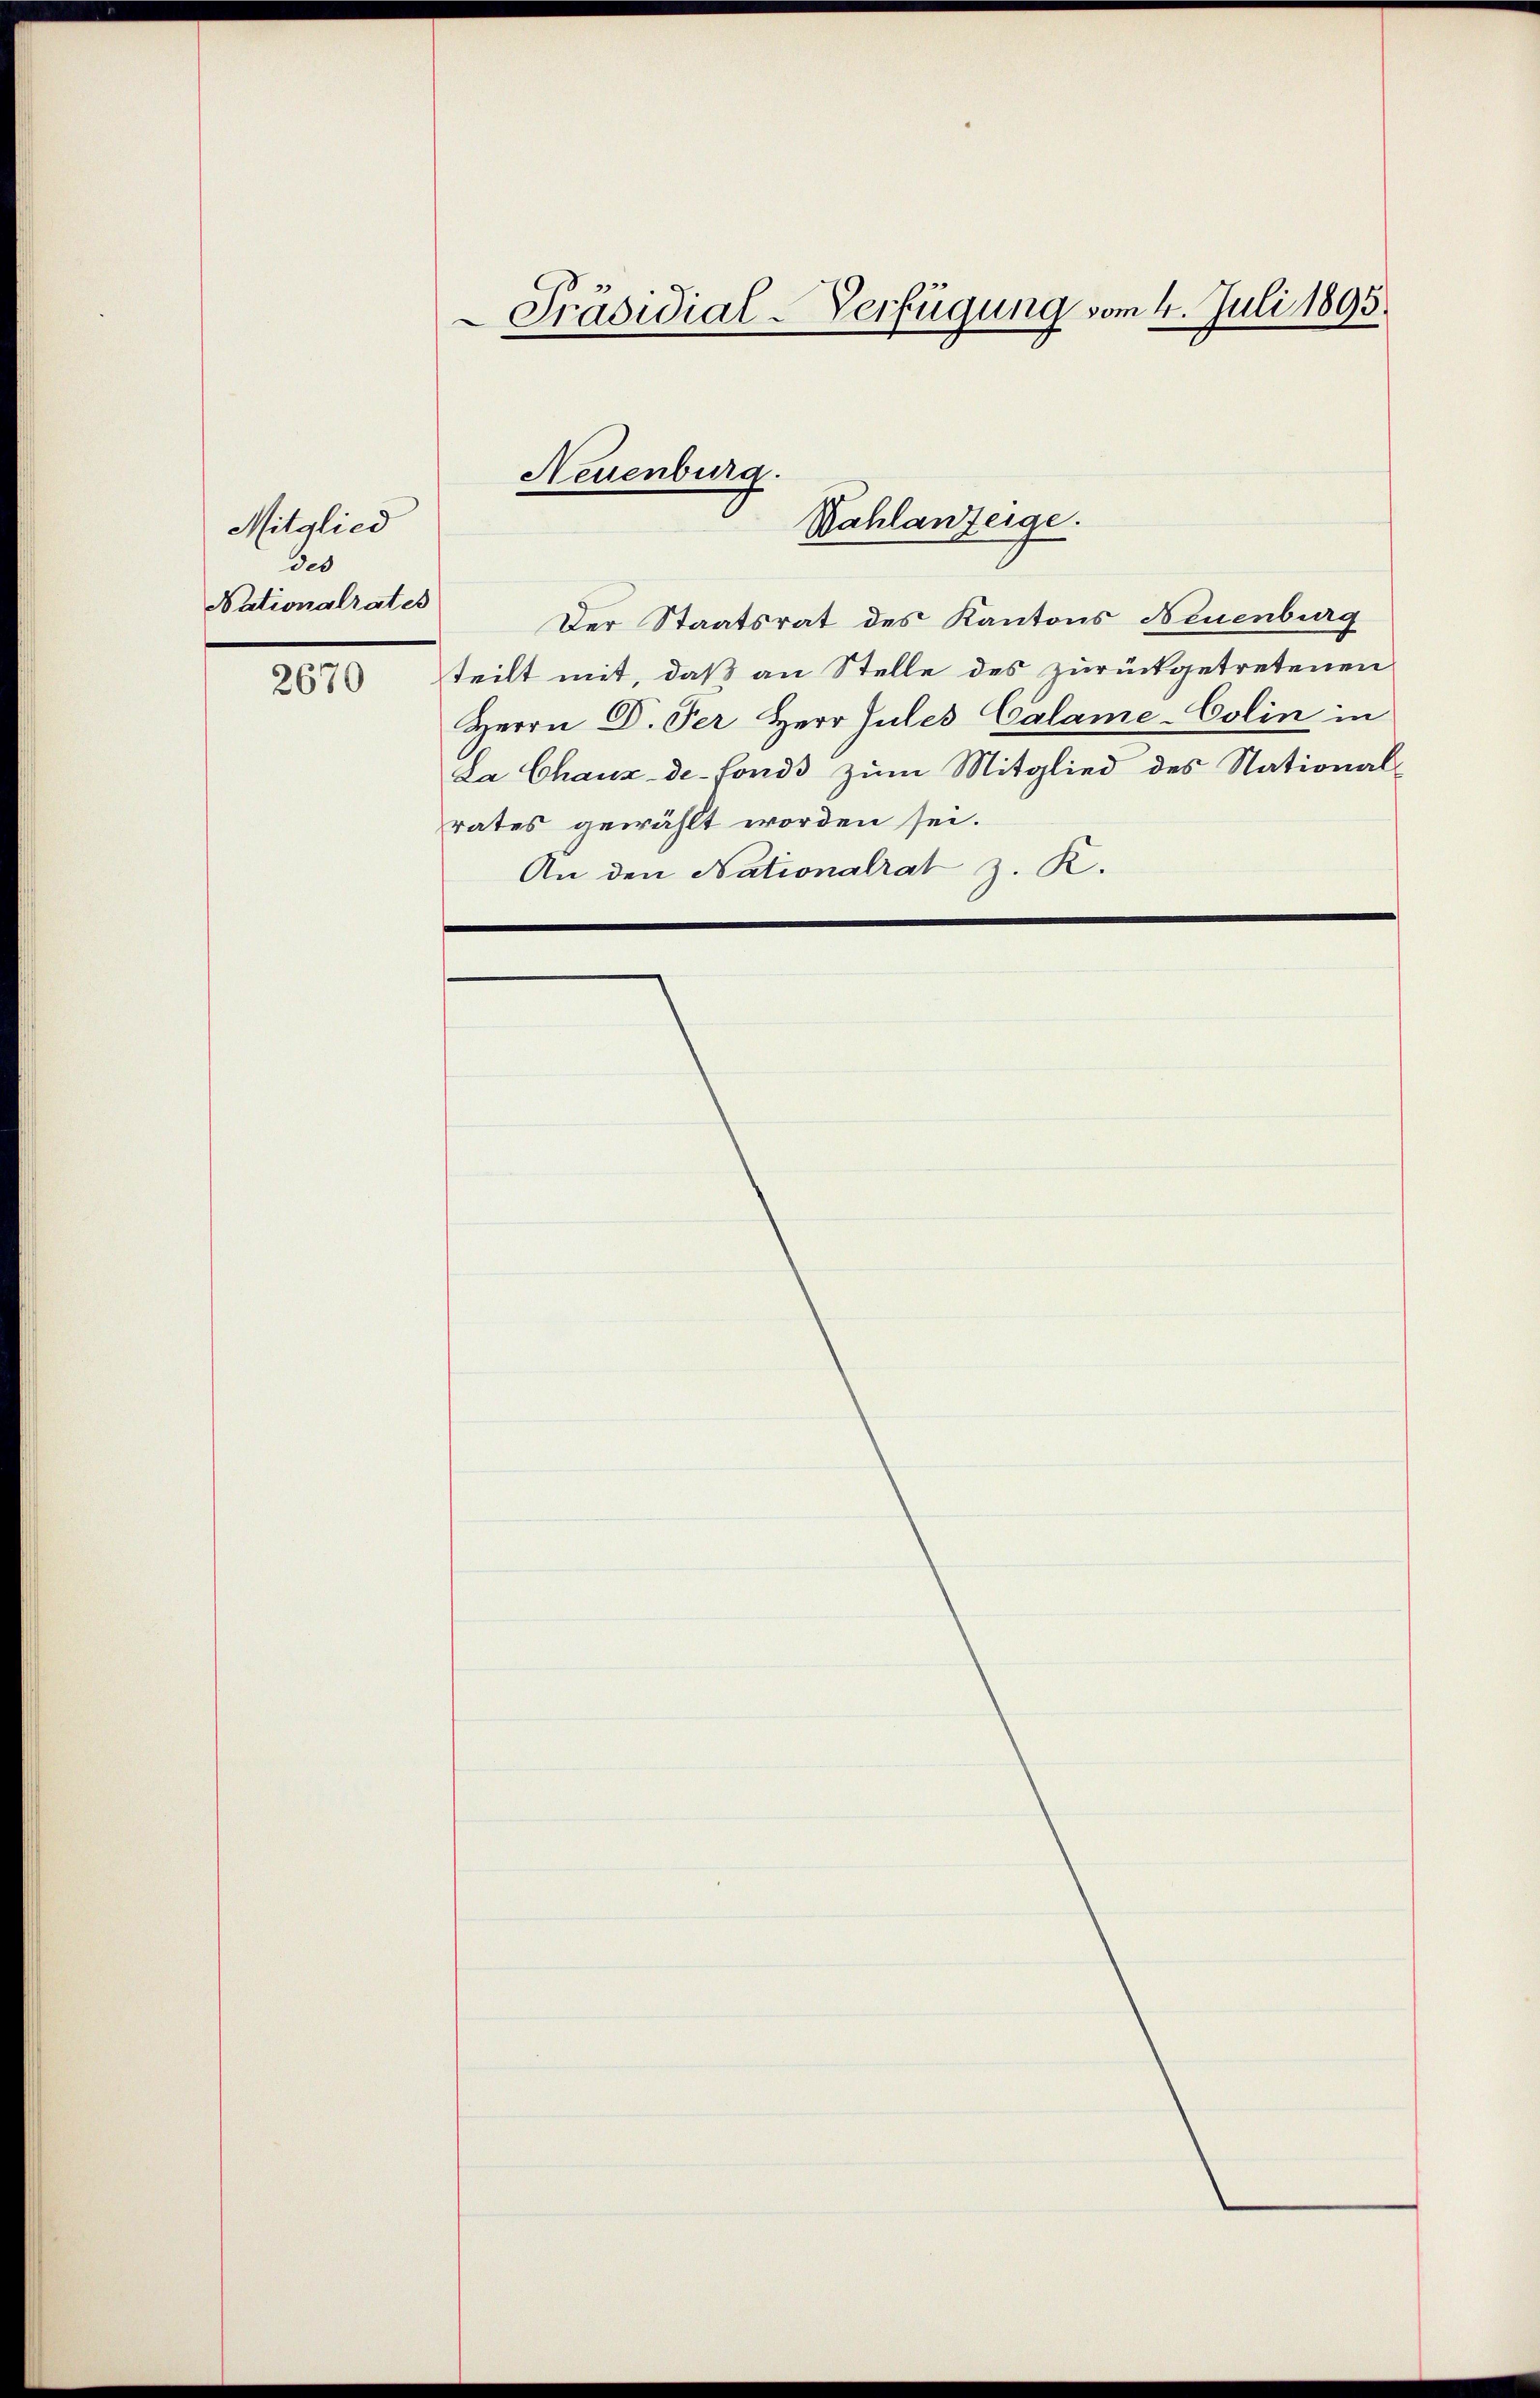
Mitglied
des
Nationalrates
2670

Präsidial-Verfügung vom 4. Juli 1893.

Der Staatsrat des Kantons Neuenburg
teilt mit, daß an Stelle des zurückgetretenen
Herrn Dr. Per Herr Jules Calame-Colin in
La Chaux-de-Fonds zum Mitglied des National-
rates gewählt worden sei.
An den Nationalrat z. R.

Neuenburg.
Nahlanzeige.